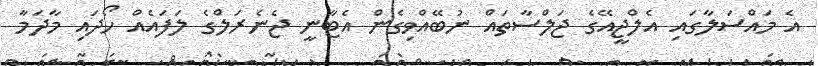
އެ މައްސަލާގައި އެލްޖީއޭގެ ޖަލްސާތައް ނުބޭއްވިގެން އެޓާނީ ޖެނެރަލްގެ ލަފައެއް ހޯދައި މާދަމާ